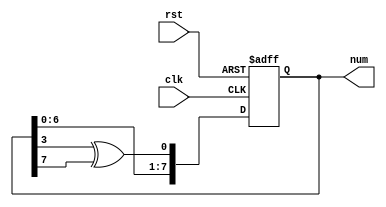
module Random #(parameter n = 10101101)(
    input clk,
    input rst,
    output [7:0] num
    );
    reg [7:0] num, next_num;
    wire out;
    assign out = num[3] ^ num[7];
    always @ (posedge clk or posedge rst) begin
        if(rst) begin
            num <= n;
        end else begin
            num[7:1] <= num[6:0];
            num[0] <= out;
        end
    end
endmodule